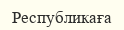
Республикаға